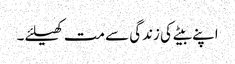
اپنے بیٹے کی زندگی سے مت کھیلئے۔